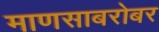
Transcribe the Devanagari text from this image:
माणसाबरोबर